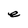
Character: e